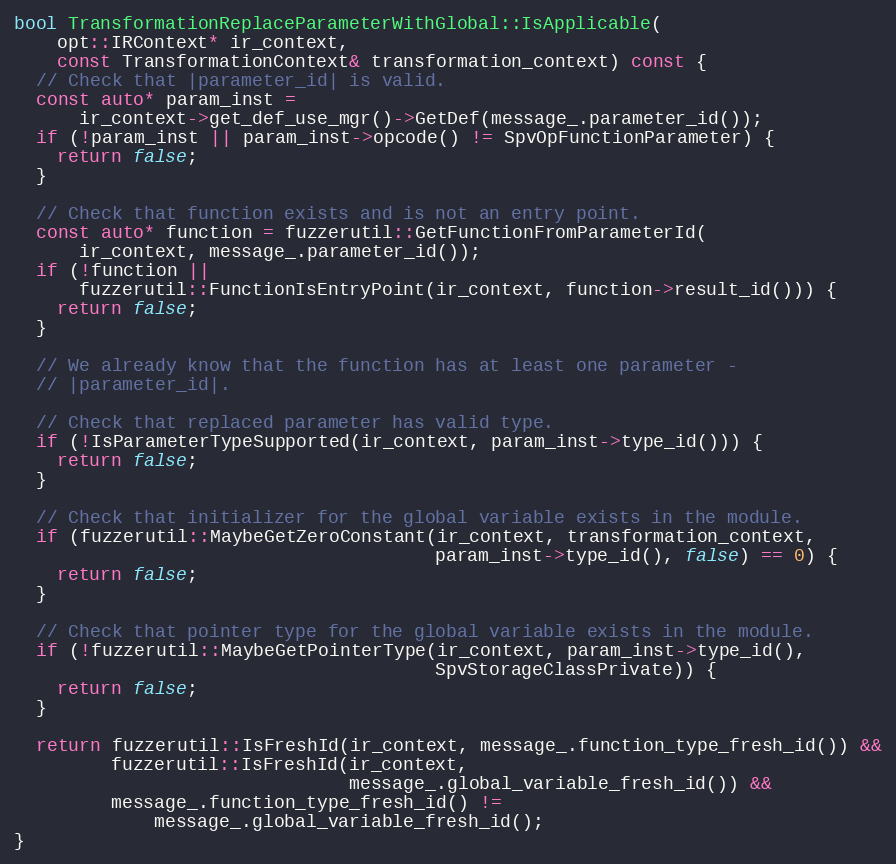
Language: C++
bool TransformationReplaceParameterWithGlobal::IsApplicable(
    opt::IRContext* ir_context,
    const TransformationContext& transformation_context) const {
  // Check that |parameter_id| is valid.
  const auto* param_inst =
      ir_context->get_def_use_mgr()->GetDef(message_.parameter_id());
  if (!param_inst || param_inst->opcode() != SpvOpFunctionParameter) {
    return false;
  }

  // Check that function exists and is not an entry point.
  const auto* function = fuzzerutil::GetFunctionFromParameterId(
      ir_context, message_.parameter_id());
  if (!function ||
      fuzzerutil::FunctionIsEntryPoint(ir_context, function->result_id())) {
    return false;
  }

  // We already know that the function has at least one parameter -
  // |parameter_id|.

  // Check that replaced parameter has valid type.
  if (!IsParameterTypeSupported(ir_context, param_inst->type_id())) {
    return false;
  }

  // Check that initializer for the global variable exists in the module.
  if (fuzzerutil::MaybeGetZeroConstant(ir_context, transformation_context,
                                       param_inst->type_id(), false) == 0) {
    return false;
  }

  // Check that pointer type for the global variable exists in the module.
  if (!fuzzerutil::MaybeGetPointerType(ir_context, param_inst->type_id(),
                                       SpvStorageClassPrivate)) {
    return false;
  }

  return fuzzerutil::IsFreshId(ir_context, message_.function_type_fresh_id()) &&
         fuzzerutil::IsFreshId(ir_context,
                               message_.global_variable_fresh_id()) &&
         message_.function_type_fresh_id() !=
             message_.global_variable_fresh_id();
}